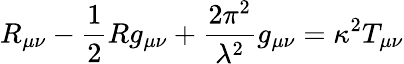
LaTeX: R_{\mu\nu}-\frac{1}{2}Rg_{\mu\nu}+\frac{2\pi^{2}}{{\lambda}^{2}}g_{\mu\nu}=\kappa^{2}T_{\mu\nu}